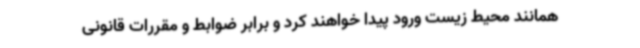
همانند محیط زیست ورود پیدا خواهند کرد و برابر ضوابط و مقررات قانونی